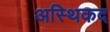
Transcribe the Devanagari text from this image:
अस्थिकद